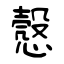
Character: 慤